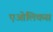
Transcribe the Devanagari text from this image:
एओलिकस